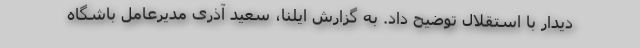
دیدار با استقلال توضیح داد. به گزارش ایلنا، سعید آذری مدیرعامل باشگاه